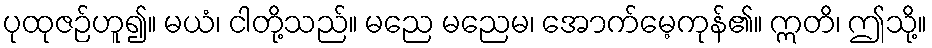
ပုထုဇဉ်ဟူ၍။ မယံ၊ ငါတို့သည်။ မညေ မညေမ၊ အောက်မေ့ကုန်၏။ ဣတိ၊ ဤသို့။